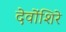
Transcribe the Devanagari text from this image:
देवोंशिरे